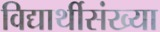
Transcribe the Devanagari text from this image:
विद्यार्थीसंख्या